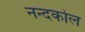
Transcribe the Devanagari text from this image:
नन्दकोल